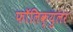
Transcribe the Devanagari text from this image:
फॉलिक्युलर